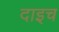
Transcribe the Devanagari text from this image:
दाइच